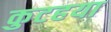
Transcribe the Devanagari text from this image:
कुटहया